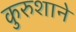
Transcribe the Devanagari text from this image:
कुरुशाने